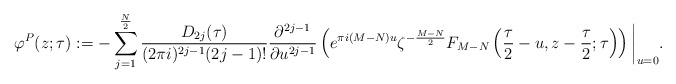
\begin{align*}\varphi^P(z;\tau):=-\sum_{j=1}^{\frac N2}\frac{D_{2j}(\tau)}{(2\pi i)^{2j-1}(2j-1)!}\frac{\partial^{2j-1}}{\partial u^{2j-1}}\left(e^{\pi i(M-N)u} \zeta^{-\frac{M-N}2}F_{M-N}\left(\frac{\tau}2-u,z-\frac{\tau}2;\tau\right)\right)\bigg|_{u=0}.\end{align*}